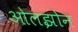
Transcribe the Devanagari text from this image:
ओलझोन